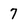
Character: 7